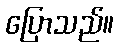
ပြောသည်။